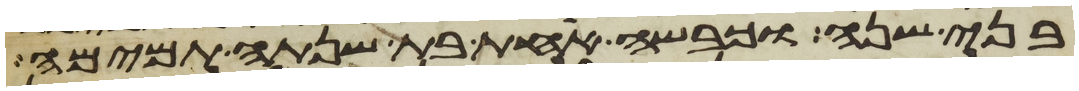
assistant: בני שנה וכבשה אחת בת שנתה תמימה